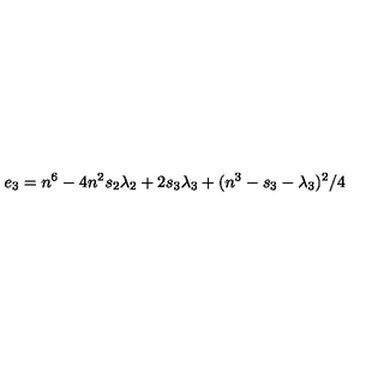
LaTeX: e _ { 3 } = n ^ { 6 } - 4 n ^ { 2 } s _ { 2 } \lambda _ { 2 } + 2 s _ { 3 } \lambda _ { 3 } + ( n ^ { 3 } - s _ { 3 } - \lambda _ { 3 } ) ^ { 2 } / 4